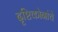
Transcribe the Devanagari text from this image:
दृष्टिकोनांचे